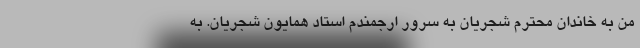
من به خاندان محترم شجریان به سرور ارجمندم استاد همایون شجریان. به